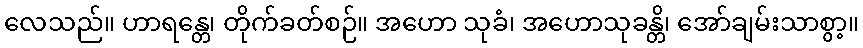
လေသည်။ ဟာရန္တေ၊ တိုက်ခတ်စဉ်။ အဟော သုခံ၊ အဟောသုခန္တိ၊ အော်ချမ်းသာစွာ့။